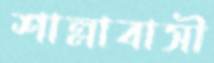
শাল্লাবাসী